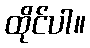
ထိုင်ပါ။